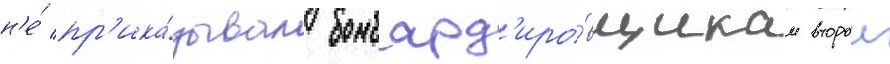
н'е́ пр'ика́зывал бомбард'иро́вщикам второи